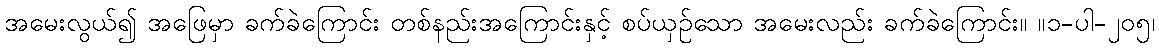
အမေးလွယ်၍ အဖြေမှာ ခက်ခဲကြောင်း တစ်နည်းအကြောင်းနှင့် စပ်ယှဉ်သော အမေးလည်း ခက်ခဲကြောင်း။ ။၁-ပါ-၂၀၅၊